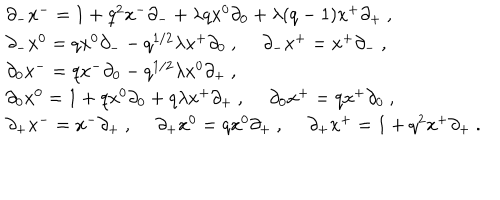
LaTeX: \begin{array} { l } { { \partial _ { - } x ^ { - } = 1 + q ^ { 2 } x ^ { - } \partial _ { - } + \lambda q x ^ { 0 } \partial _ { 0 } + \lambda ( q - 1 ) x ^ { + } \partial _ { + } ~ , } } \\ { { \partial _ { - } x ^ { 0 } = q x ^ { 0 } \partial _ { -- } q ^ { 1 / 2 } \lambda x ^ { + } \partial _ { 0 } ~ , ~ ~ \partial _ { - } x ^ { + } = x ^ { + } \partial _ { - } ~ , } } \\ { { \partial _ { 0 } x ^ { - } = q x ^ { - } \partial _ { 0 } - q ^ { 1 / 2 } \lambda x ^ { 0 } \partial _ { + } ~ , } } \\ { { \partial _ { 0 } x ^ { 0 } = 1 + q x ^ { 0 } \partial _ { 0 } + q \lambda x ^ { + } \partial _ { + } ~ , ~ ~ \partial _ { 0 } x ^ { + } = q x ^ { + } \partial _ { 0 } ~ , } } \\ { { \partial _ { + } x ^ { - } = x ^ { - } \partial _ { + } ~ , ~ ~ \partial _ { + } x ^ { 0 } = q x ^ { 0 } \partial _ { + } ~ , ~ ~ \partial _ { + } x ^ { + } = 1 + q ^ { 2 } x ^ { + } \partial _ { + } ~ . } } \\ \end{array}